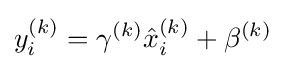
y_{i}^{(k)}=\gamma ^{(k)}{\hat {x}}_{i}^{(k)}+\beta ^{(k)}